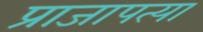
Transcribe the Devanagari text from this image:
प्राजापत्या